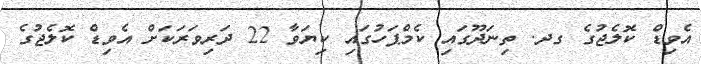
އެވިޑް ކޮލެޖުގެ ގދ. ތިނަދޫގައި ކެމްޕަހުގައި ކިޔަވާ 22 ދަރިވަރަކަށް އެވިޑް ކޮލެޖުގެ